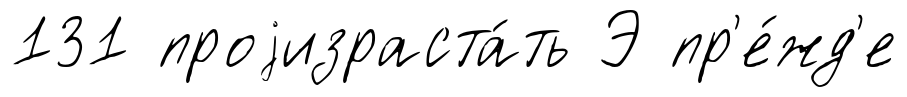
131 проjизраста́ть Э пр'е́жд'е